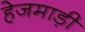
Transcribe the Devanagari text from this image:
हेजमाड़ी